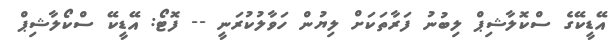
އޭޑީކޭގެ ސްކޮލާޝިޕް ލިބުނު ފަރާތަކަށް ލިޔުން ހަވާލުކުރަނީ -- ފޮޓޯ: އޭޑީކޭ ސްކޯލާޝިޕް